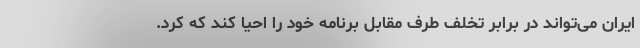
ایران می‌تواند در برابر تخلف طرف مقابل برنامه خود را احیا کند که کرد.